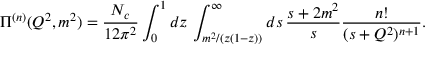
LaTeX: \Pi ^ { ( n ) } ( Q ^ { 2 } , m ^ { 2 } ) = \frac { N _ { c } } { 1 2 \pi ^ { 2 } } \int _ { 0 } ^ { 1 } d z \, \int _ { m ^ { 2 } / ( z ( 1 - z ) ) } ^ { \infty } d s \, \frac { s + 2 m ^ { 2 } } { s } \frac { n ! } { ( s + Q ^ { 2 } ) ^ { n + 1 } } .